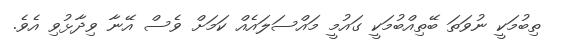
ތިބުމަކީ ނުވަތަ ބޭތިއްބުމަކީ ގައުމީ މައްސަލައެއް ކަމަށް ވެސް އޭނާ ވިދާޅުވި އެވެ.